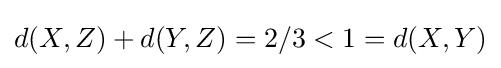
d(X,Z)+d(Y,Z)=2/3<1=d(X,Y)